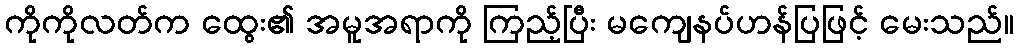
ကိုကိုလတ်က ထွေး၏ အမူအရာကို ကြည့်ပြီး မကျေနပ်ဟန်ပြဖြင့် မေးသည်။